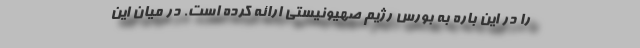
را در این باره به بورس رژیم صهیونیستی ارائه کرده است. در میان این